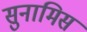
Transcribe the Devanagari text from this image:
सुनामिस